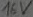
Text: 16V